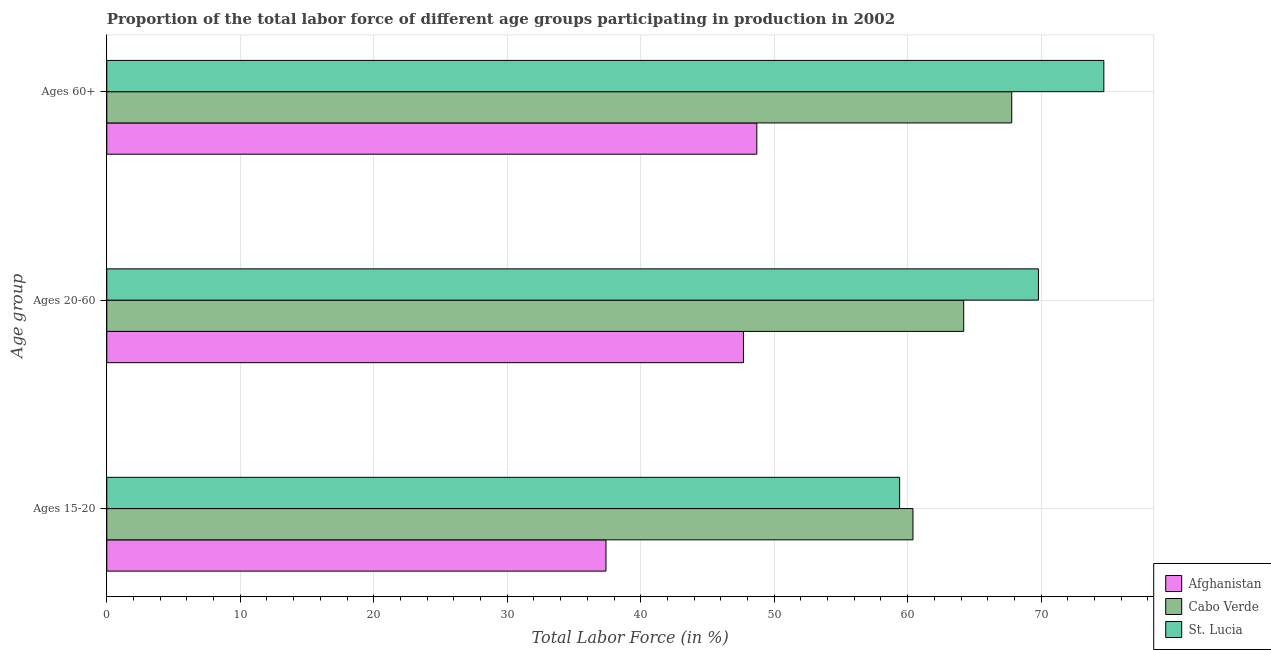
| Age group | Afghanistan | Cabo Verde | St. Lucia |
 | --- | --- | --- | --- |
 | Ages 15-20 | 37.4 | 60.4 | 59.4 |
 | Ages 20-60 | 47.7 | 64.2 | 69.8 |
 | Ages 60+ | 48.7 | 67.8 | 74.7 |